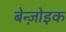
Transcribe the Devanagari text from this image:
बेन्ज़ोइक